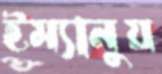
ইম্যানুয়